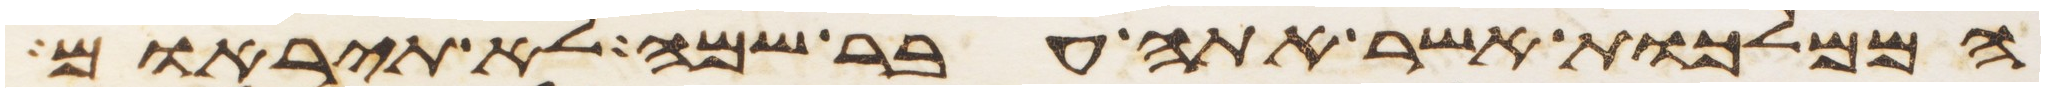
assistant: הממלכות אשר אתה עבר שמה לא תיראם